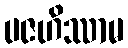
ပဇဟိဿာမ